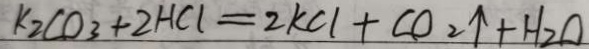
k _ { 2 } C O _ { 3 } + 2 H C l = 2 k C l + C O _ { 2 } \uparrow + H _ { 2 } O